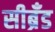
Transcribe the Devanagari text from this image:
सीब्रँड